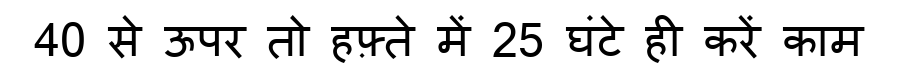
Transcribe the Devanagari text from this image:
40 से ऊपर तो हफ़्ते में 25 घंटे ही करें काम